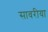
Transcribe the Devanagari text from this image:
सावरीया